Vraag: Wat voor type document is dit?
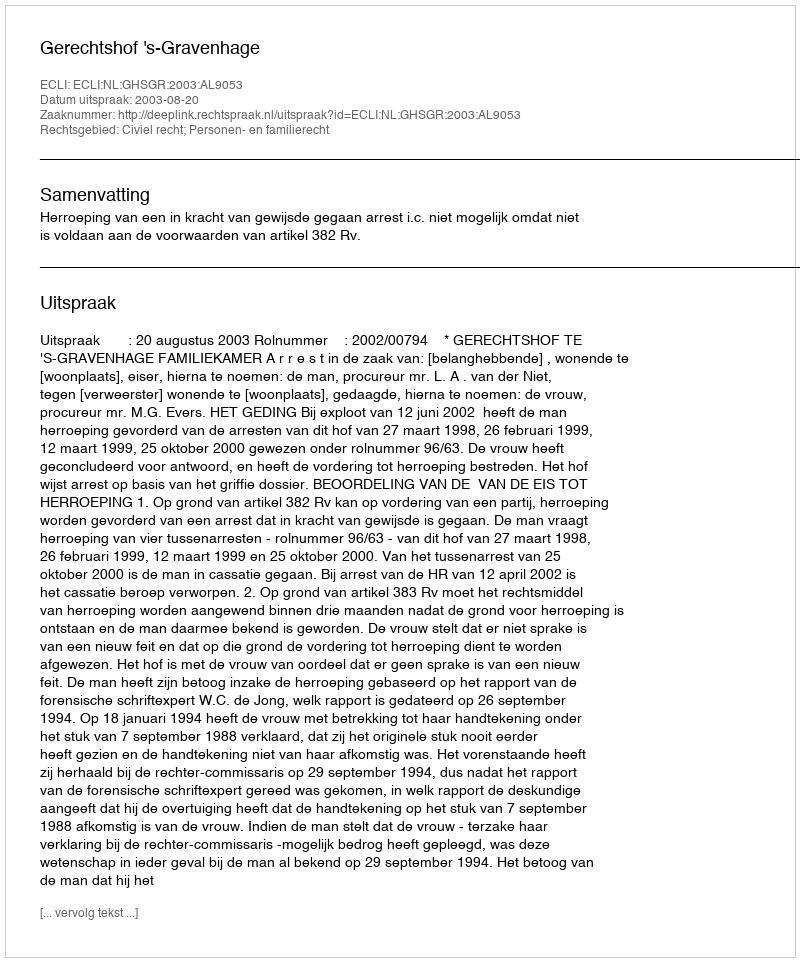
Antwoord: Uitspraak